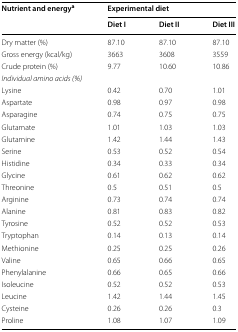
<table><thead><tr><td rowspan="2"><b>Nutrient and energy<sup>a</sup></b></td><td colspan="3"><b>Experimental diet</b></td></tr><tr><td><b>Diet I</b></td><td><b>Diet II</b></td><td><b>Diet III</b></td></tr></thead><tbody><tr><td>Dry matter (%)</td><td>87.10</td><td>87.10</td><td>87.10</td></tr><tr><td>Gross energy (kcal/kg)</td><td>3663</td><td>3608</td><td>3559</td></tr><tr><td>Crude protein (%)</td><td>9.77</td><td>10.60</td><td>10.86</td></tr><tr><td colspan="4"><i>Individual amino acids (%)</i></td></tr><tr><td>Lysine</td><td>0.42</td><td>0.70</td><td>1.01</td></tr><tr><td>Aspartate</td><td>0.98</td><td>0.97</td><td>0.98</td></tr><tr><td>Asparagine</td><td>0.74</td><td>0.75</td><td>0.75</td></tr><tr><td>Glutamate</td><td>1.01</td><td>1.03</td><td>1.03</td></tr><tr><td>Glutamine</td><td>1.42</td><td>1.44</td><td>1.43</td></tr><tr><td>Serine</td><td>0.53</td><td>0.52</td><td>0.54</td></tr><tr><td>Histidine</td><td>0.34</td><td>0.33</td><td>0.34</td></tr><tr><td>Glycine</td><td>0.61</td><td>0.62</td><td>0.62</td></tr><tr><td>Threonine</td><td>0.5</td><td>0.51</td><td>0.5</td></tr><tr><td>Arginine</td><td>0.73</td><td>0.74</td><td>0.74</td></tr><tr><td>Alanine</td><td>0.81</td><td>0.83</td><td>0.82</td></tr><tr><td>Tyrosine</td><td>0.52</td><td>0.52</td><td>0.53</td></tr><tr><td>Tryptophan</td><td>0.14</td><td>0.13</td><td>0.14</td></tr><tr><td>Methionine</td><td>0.25</td><td>0.25</td><td>0.26</td></tr><tr><td>Valine</td><td>0.65</td><td>0.66</td><td>0.65</td></tr><tr><td>Phenylalanine</td><td>0.66</td><td>0.65</td><td>0.66</td></tr><tr><td>Isoleucine</td><td>0.52</td><td>0.52</td><td>0.53</td></tr><tr><td>Leucine</td><td>1.42</td><td>1.44</td><td>1.45</td></tr><tr><td>Cysteine</td><td>0.26</td><td>0.26</td><td>0.3</td></tr><tr><td>Proline</td><td>1.08</td><td>1.07</td><td>1.09</td></tr></tbody></table>